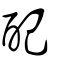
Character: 配